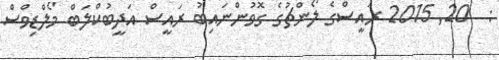
:  20